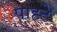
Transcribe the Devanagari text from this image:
पाहटे